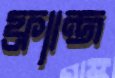
ফ্র্যান্জ